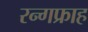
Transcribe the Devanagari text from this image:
रन्गफ्राह